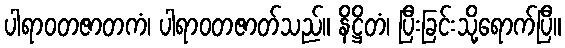
ပါရာဝတဇာတကံ၊ ပါရာဝတဇာတ်သည်။ နိဋ္ဌိတံ၊ ပြီးခြင်းသို့ရောက်ပြီ။